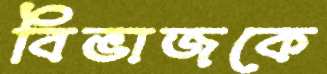
বিভাজকে